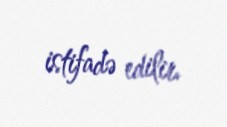
istifadə edilir.